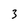
Character: 3